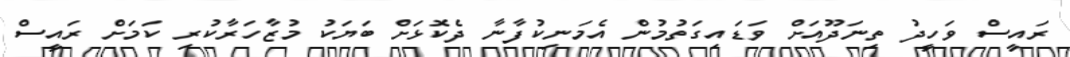
ރައީސް ވަހީދު ތިނަދޫއަށް ވަޑައިގަތުމުން އެމަނިކުފާނާ ދެކޮޅަށް ބަޔަކު މުޒާހަރާކުރި ކަމަށް ރައީސް